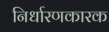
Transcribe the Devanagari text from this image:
निर्धारणकारक